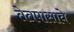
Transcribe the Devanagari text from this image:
तेतपासावे